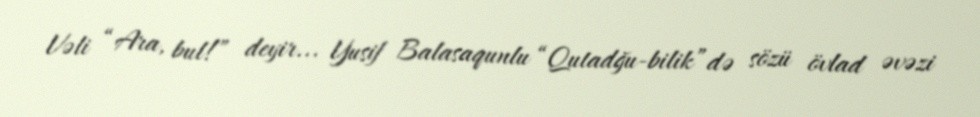
Vəli “Ara, bul!” deyir... Yusif Balasaqunlu “Qutadğu-bilik”də sözü övlad əvəzi